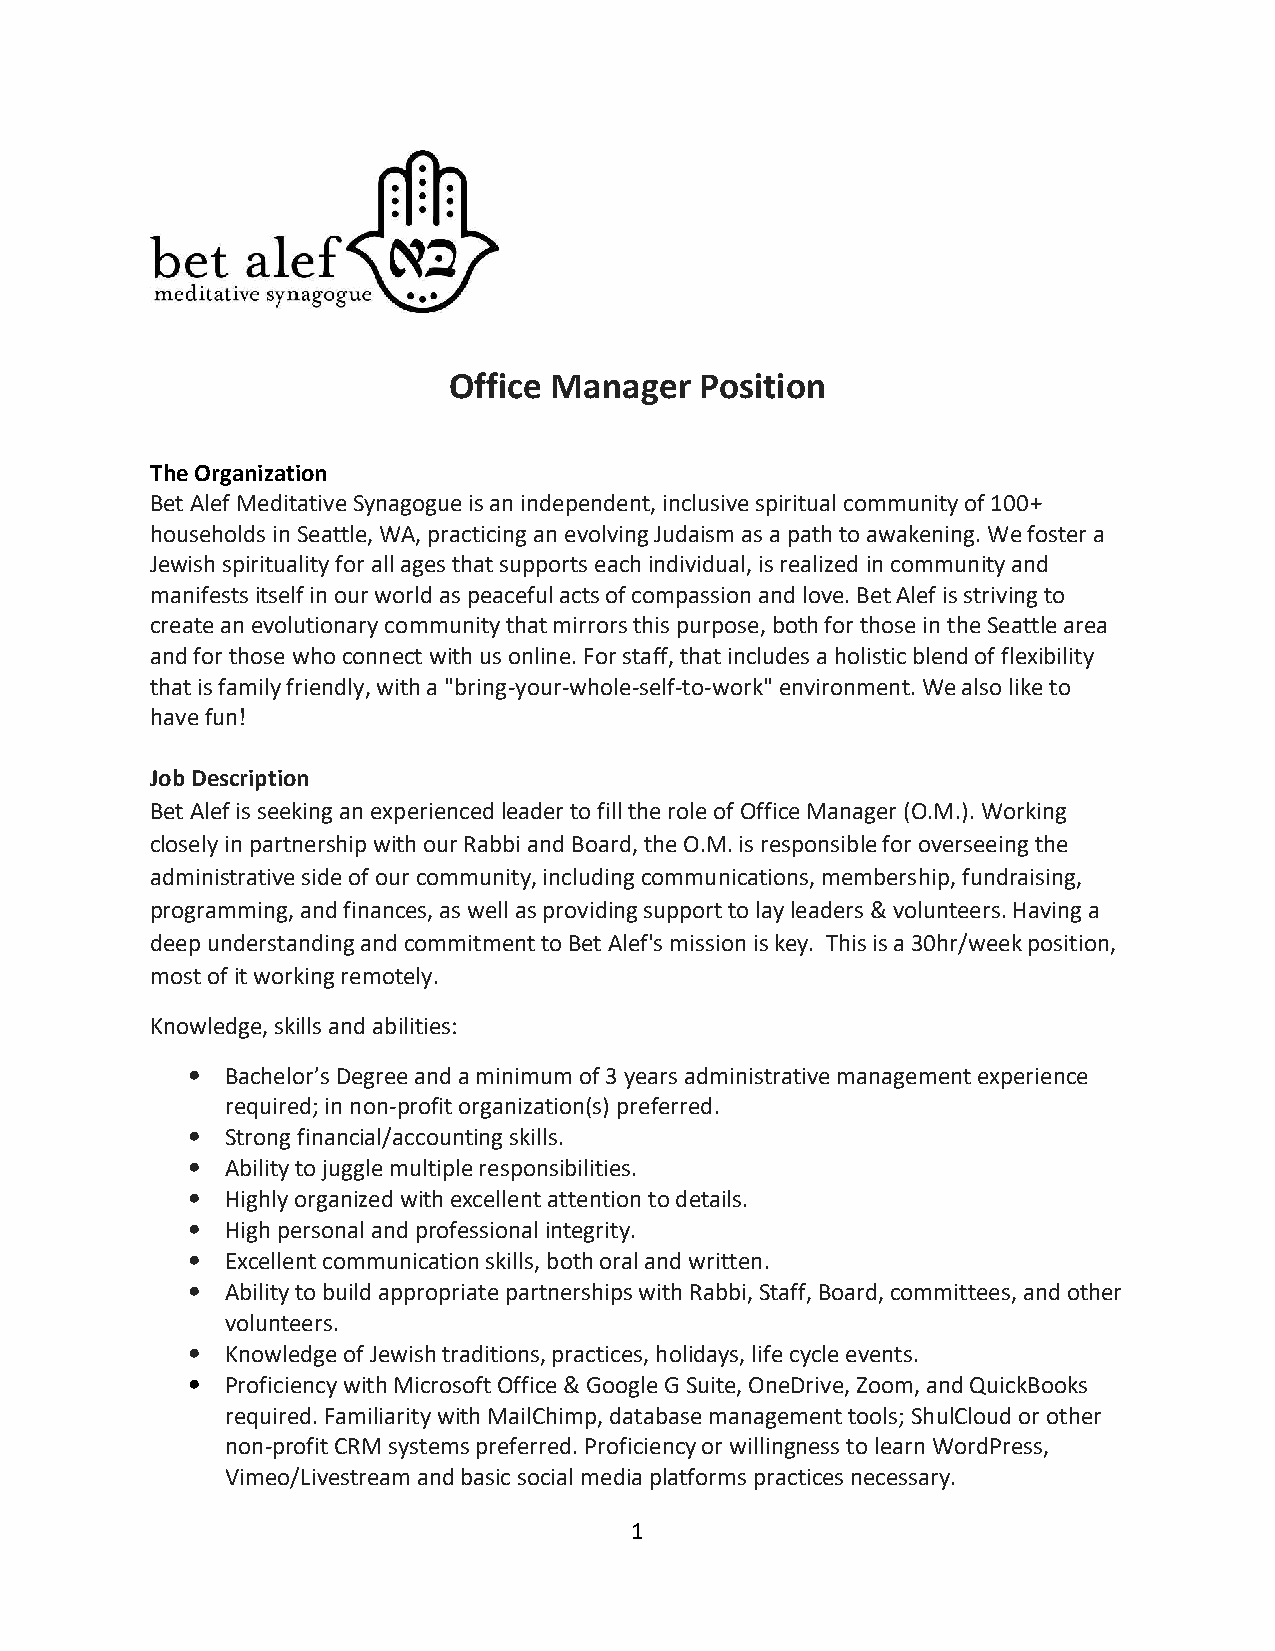
Office Manager  Position
 The Organization
 Bet Alef Meditative Synagogue is an independent, inclusive spiritual community of 100+
 households in Seattle, WA, practicing an evolving Judaism as a path to awakening. We foster a
 Jewish spirituality for all ages that supports each individual, is realized in community and
 manifests itself in our world as peaceful acts of compassion and love. Bet Alef is striving to
 create an evolutionary community that mirrors this purpose, both for those in the Seattle area
 and for those who connect with us online. For staff, that includes a holistic blend of flexibility
 that is family friendly, with a "bring-your-whole-self-to-work" environment. We also like to
 have fun!
 Job Description
 Bet Alef is seeking an experienced leader to fill the role of Office Manager (O.M.). Working
 closely in partnership with our Rabbi and Board, the O.M. is responsible for overseeing the
 administrative side of our community, including communications, membership, fundraising,
 programming, and finances, as well as providing support to lay leaders & volunteers. Having a
 deep understanding and commitment to Bet Alef's mission is key. This is a 30hr/week position,
 most of it working remotely.
 Knowledge, skills and abilities:
 •  Bachelor’s Degree and a minimum of 3 years administrative management experience
 required; in non-profit organization(s) preferred.
 •  Strong financial/accounting skills.
 •  Ability to juggle multiple responsibilities.
 •  Highly organized with excellent attention to details.
 •  High personal and professional integrity.
 •  Excellent communication skills, both oral and written.
 •  Ability to build appropriate partnerships with Rabbi, Staff, Board, committees, and other
 volunteers.
 •  Knowledge of Jewish traditions, practices, holidays, life cycle events.
 •  Proficiency with Microsoft Office & Google G Suite, OneDrive, Zoom, and QuickBooks
 required. Familiarity with MailChimp, database management tools; ShulCloud or other
 non-profit CRM systems preferred. Proficiency or willingness to learn WordPress,
 Vimeo/Livestream and basic social media platforms practices necessary.
 1